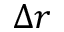
\Delta r